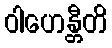
ဝါဟေန္တီတိ